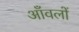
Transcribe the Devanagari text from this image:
आँवलों